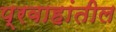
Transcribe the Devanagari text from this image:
प्रवाहांतील